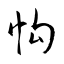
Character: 怐